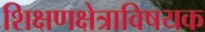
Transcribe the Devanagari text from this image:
शिक्षणक्षेत्राविषयक